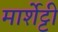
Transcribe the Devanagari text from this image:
मार्शेट्टी